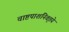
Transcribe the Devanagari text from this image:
चाष्टपाशनिवृत्तये